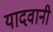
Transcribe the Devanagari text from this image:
यादवानी